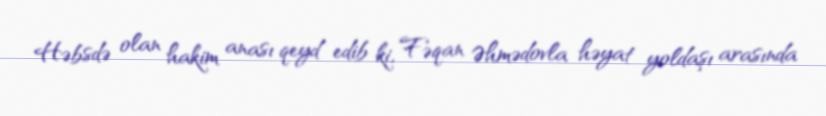
Həbsdə olan hakim anası qeyd edib ki, Fəqan Əhmədovla həyat yoldaşı arasında